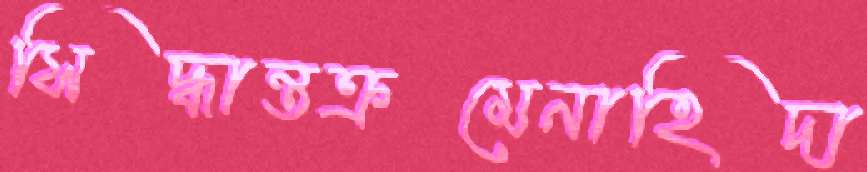
সিদ্ধান্তক্রমেনাহিদা